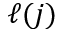
\ell ( j )